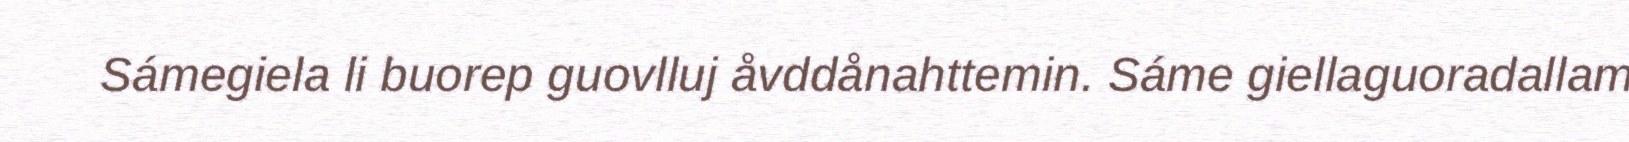
Sámegiela li buorep guovlluj åvddånahttemin. Sáme giellaguoradallam